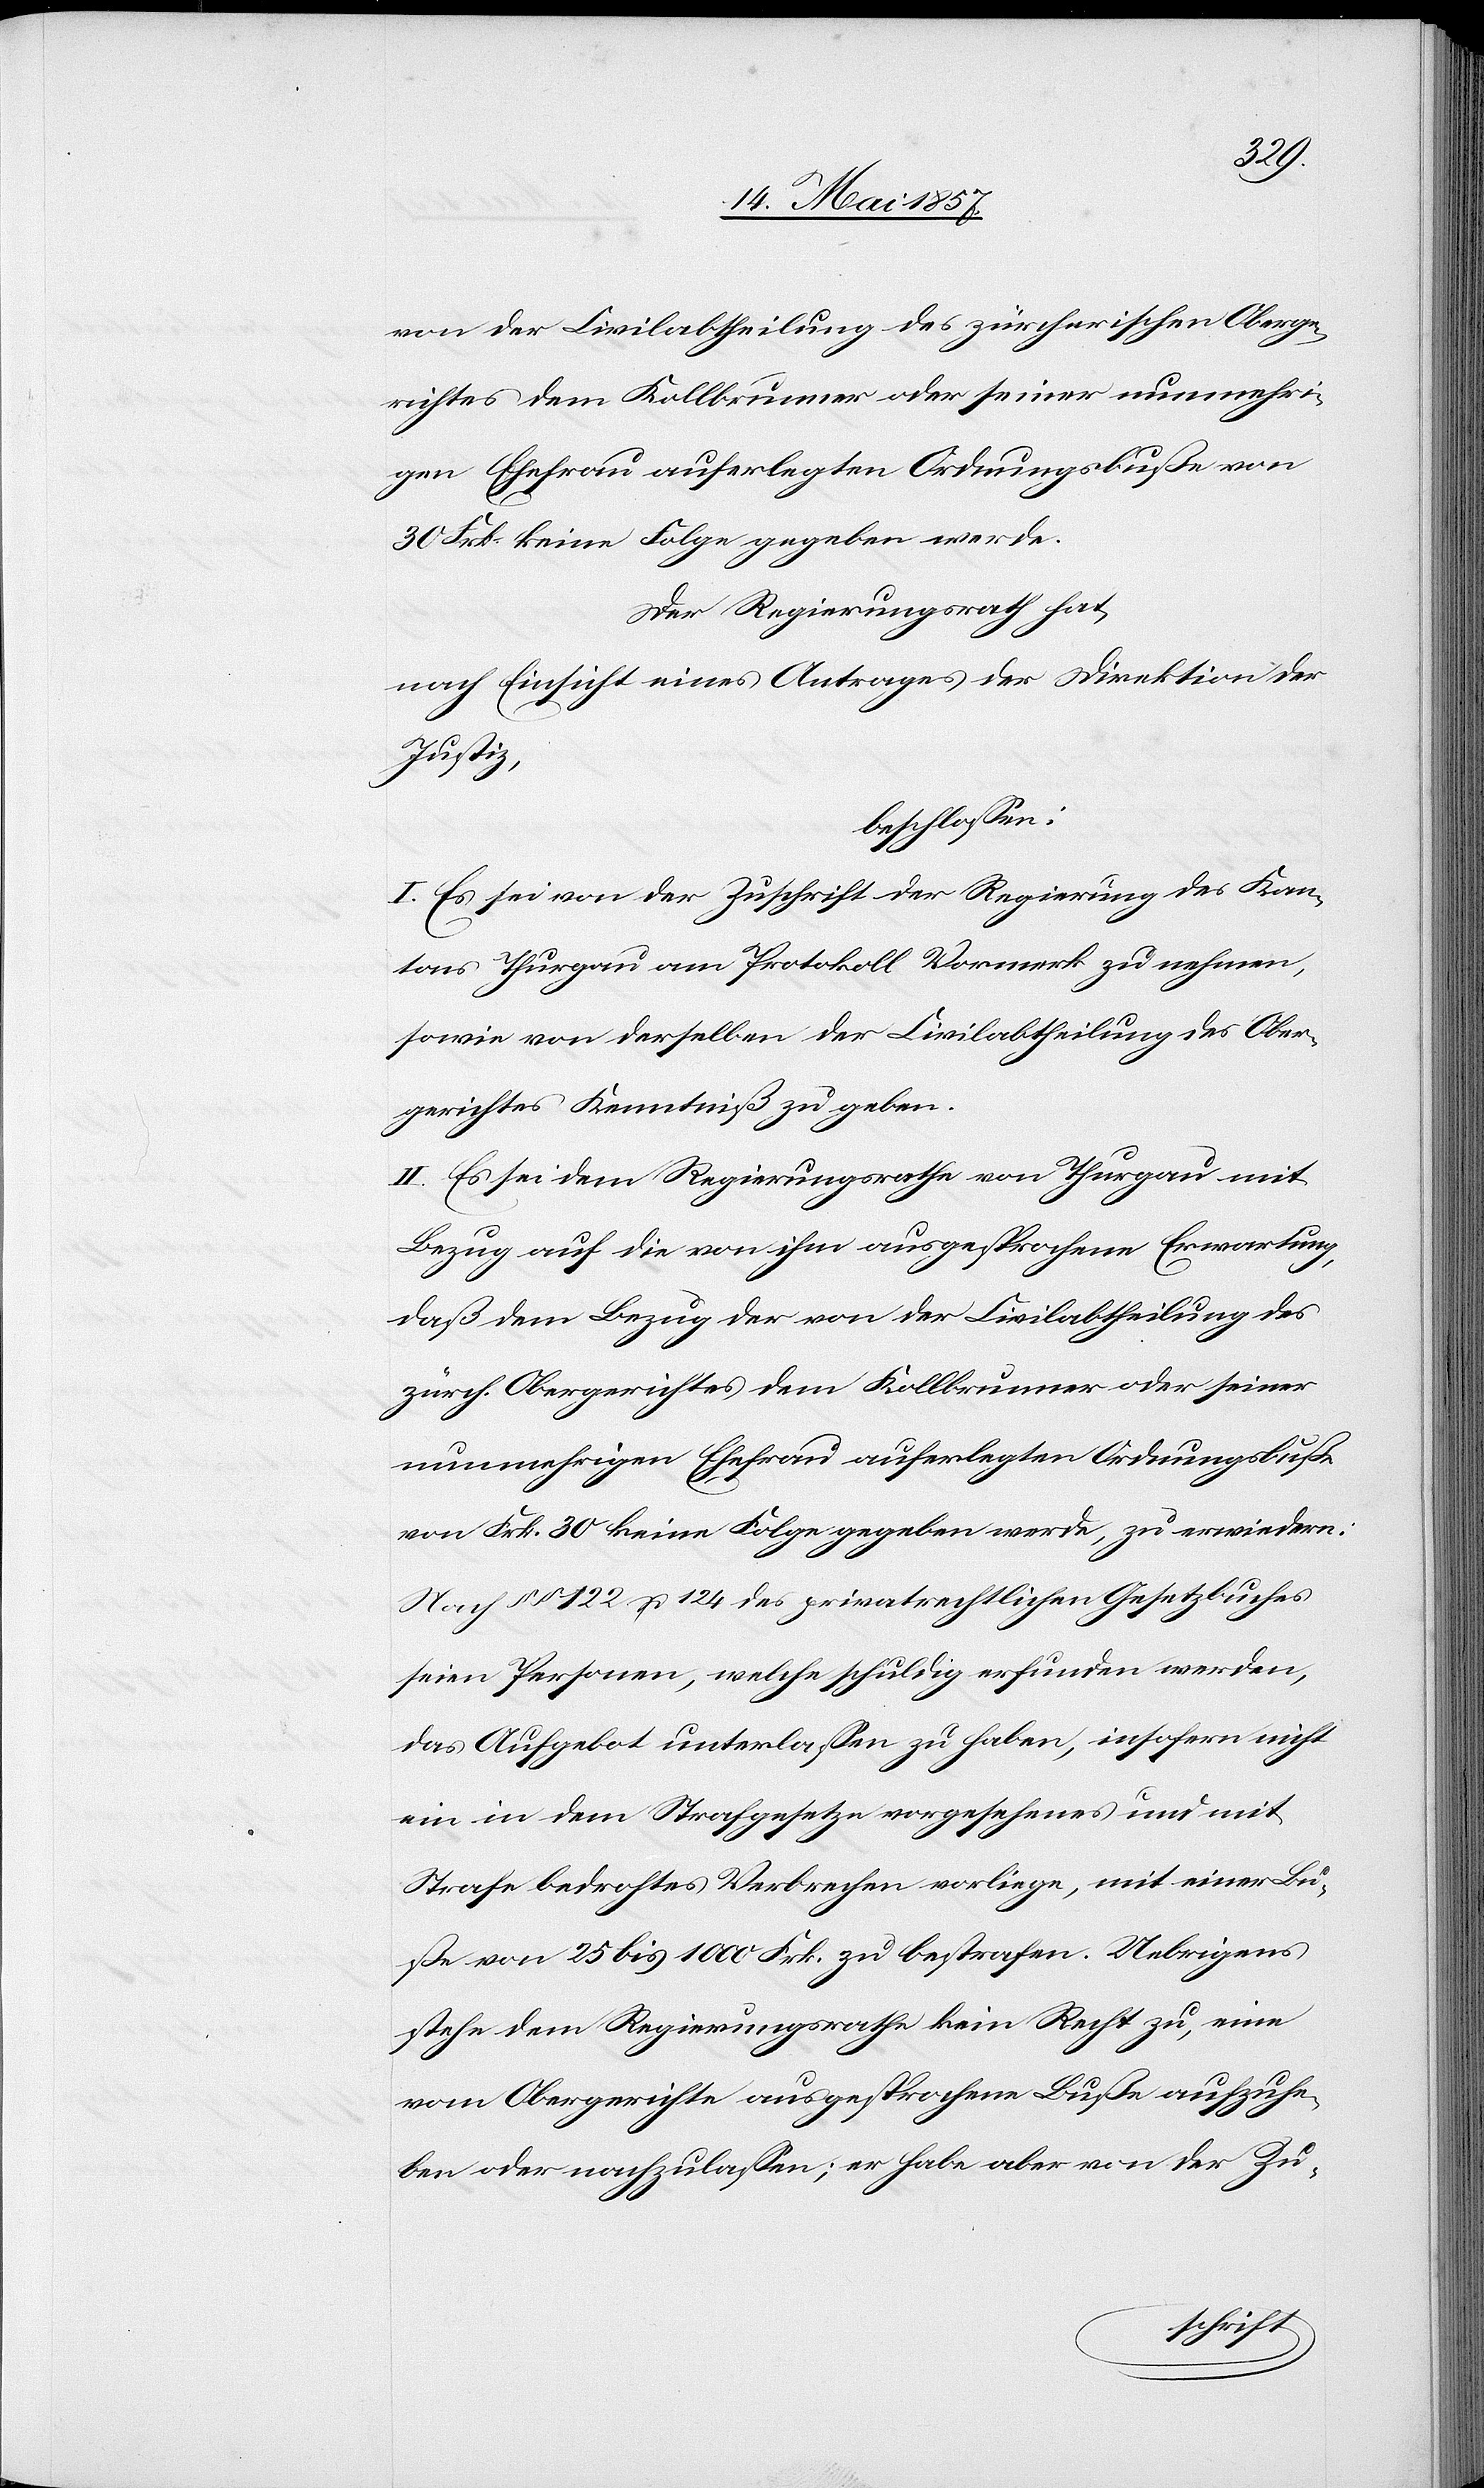
von der Civilabtheilung des zürcherischen Oberge¬
richtes dem Kollbrunner oder seiner nunmehri¬
gen Ehefrau auferlegten Ordnungsbuße von
30 Frk. keine Folge gegeben werde.
Der Regierungsrath hat,
nach Einsicht eines Antrages der Direktion der
Justiz,
beschlossen:
I. Es sei der Zuschrift der Regierung des Kan¬
tons Thurgau am Protokoll Vormerk zu nehmen,
sowie von derselben der Civilabtheilung des Ober¬
gerichtes Kenntniß zu geben.
II. Es sei dem Regierungsrathe von Thurgau mit
Bezug auf die von ihm ausgesprochene Erwartung,
daß dem Bezug der von der Civilabtheilung des
zürch. Obergerichtes dem Kollbrunner oder seiner
nunmehrigen Ehefrau auferlegten Ordnungsbuße
von Frk. 30 keine Folge gegeben werde, zu erwiedern:
Nach §§ 122 & 124 des privatrechtlichen Gesetzbuches
seien Personen, welche schuldig erfunden werden,
das Aufgebot unterlassen zu haben, insofern nicht
ein in dem Strafgesetze vorgesehenes und mit
Strafe bedrohtes Verbrechen vorliege, mit einer Bu¬
ße von 25 bis 1000 Frk. zu bestrafen. Uebrigens
stehe dem Regierungsrathe kein Recht zu, eine
vom Obergerichte ausgesprochene Buße aufzuhe¬
ben oder nachzulassen; er habe aber von der Zu-